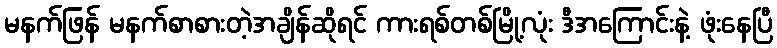
မနက်ဖြန် မနက်စာစားတဲ့အချိန်ဆိုရင် ကားရစ်တစ်မြို့လုံး ဒီအကြောင်းနဲ့ ဖုံးနေပြီ